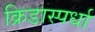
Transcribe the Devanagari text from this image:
क्रिडास्पर्धा